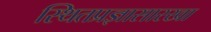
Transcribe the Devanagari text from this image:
स्थितप्रज्ञासारखा